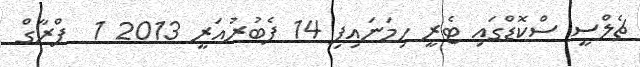
ޗެލްސީ ސްކޮޑްގައި ޓެރީ ހިމަނައިފި 14 ފެބުރުއަރީ 2013 1  ޕްރާގް